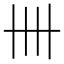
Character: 卌